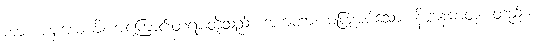
ကား။ ပစ္စယေဟိ၊ အကြောင်းတရားတို့သည်။ အကတာ၊ မပြုအပ်သော။ နိဗ္ဗာနဓာတု၊ တည်း။